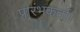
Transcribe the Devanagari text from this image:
प्रारंभकर्ता।